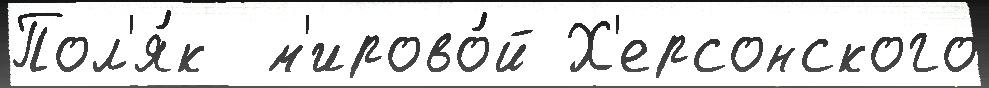
Пол'я́к  м'ирово́й Х'ерсонского